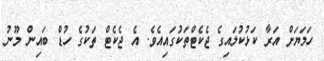
ހަމަޔަށް އަރާ ކަޅުކުލައިގެ ޖެކެޓްތަކުގައިއެވެ. އެ ޖެކެޓް ތަކުގެ ހުޑް ބައިން މޫނު